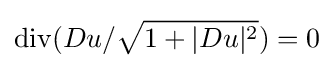
\displaystyle \operatorname {div} (Du/{\sqrt {1+|Du|^{2}}})=0